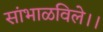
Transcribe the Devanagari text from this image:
सांभाळविले।।